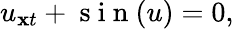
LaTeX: u_{\mathbf{x}t}+\mathrm{{~s~i~n~}}(u)=0,